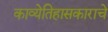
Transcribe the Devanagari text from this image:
काव्येतिहासकाराचे